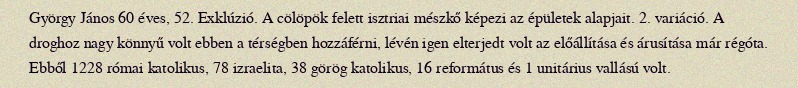
György János 60 éves, 52. Exklúzió. A cölöpök felett isztriai mészkő képezi az épületek alapjait. 2. variáció. A droghoz nagy könnyű volt ebben a térségben hozzáférni, lévén igen elterjedt volt az előállítása és árusítása már régóta. Ebből 1228 római katolikus, 78 izraelita, 38 görög katolikus, 16 református és 1 unitárius vallású volt.